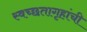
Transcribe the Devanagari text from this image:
स्वच्छतागृहांची